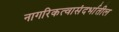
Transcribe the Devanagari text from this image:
नागरिकत्वासंदर्भातील